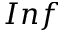
I n f